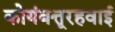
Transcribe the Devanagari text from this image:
कोयंबत्तूरहवाई